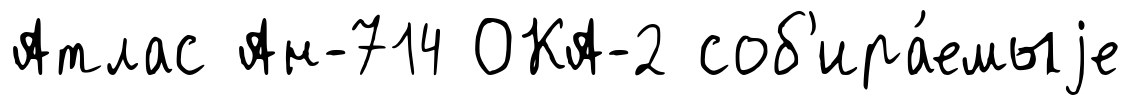
Атлас Ан-714 ОКА-2 соб'ира́емыjе